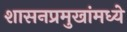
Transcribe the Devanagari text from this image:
शासनप्रमुखांमध्ये